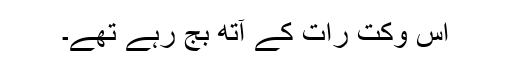
اُس وکت رات کے آتھ بج رہے تھے۔